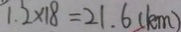
1 . 2 \times 1 8 = 2 1 . 6 ( k m )